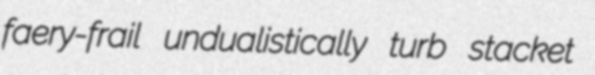
faery-frail undualistically turb stacket